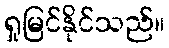
ရှုမြင်နိုင်သည်။